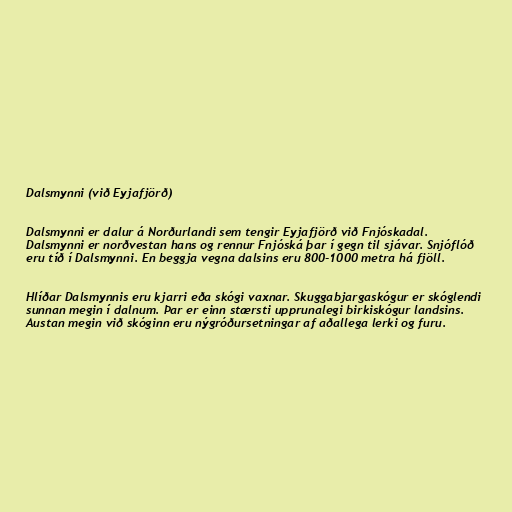
Dalsmynni (við Eyjafjörð)

Dalsmynni er dalur á Norðurlandi sem tengir Eyjafjörð við Fnjóskadal.
Dalsmynni er norðvestan hans og rennur Fnjóská þar í gegn til sjávar. Snjóflóð
eru tíð í Dalsmynni. En beggja vegna dalsins eru 800-1000 metra há fjöll.

Hlíðar Dalsmynnis eru kjarri eða skógi vaxnar. Skuggabjargaskógur er skóglendi
sunnan megin í dalnum. Þar er einn stærsti upprunalegi birkiskógur landsins.
Austan megin við skóginn eru nýgróðursetningar af aðallega lerki og furu.